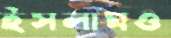
ইসলামও